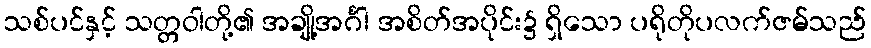
သစ်ပင်နှင့် သတ္တဝါတို့၏ အချို့အင်္ဂါ အစိတ်အပိုင်း၌ ရှိသော ပရိုတိုပလက်ဇမ်သည်